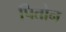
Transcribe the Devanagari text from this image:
पितोन